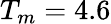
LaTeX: T_{m}=4.6